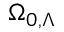
\Omega _ { 0 , \Lambda }